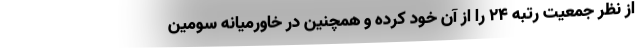
از نظر جمعیت رتبه 24 را از آن خود کرده و همچنین در خاورمیانه سومین